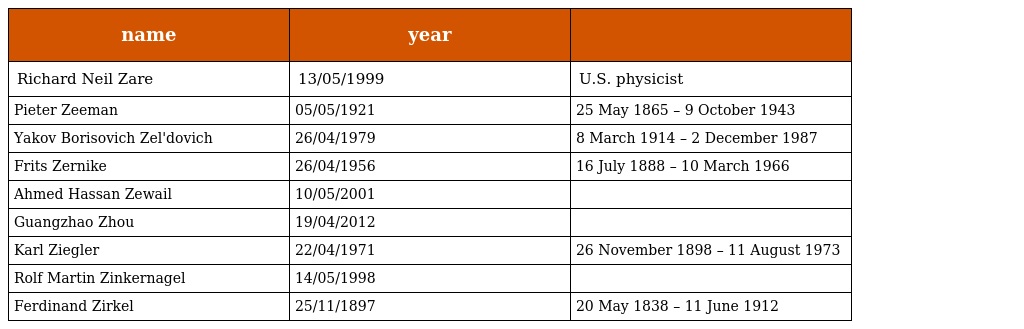
| name | year |  |
 | --- | --- | --- |
 | Richard Neil Zare | 13/05/1999 | U.S. physicist |
 | Pieter Zeeman | 05/05/1921 | 25 May 1865 – 9 October 1943 |
 | Yakov Borisovich Zel'dovich | 26/04/1979 | 8 March 1914 – 2 December 1987 |
 | Frits Zernike | 26/04/1956 | 16 July 1888 – 10 March 1966 |
 | Ahmed Hassan Zewail | 10/05/2001 |  |
 | Guangzhao Zhou | 19/04/2012 |  |
 | Karl Ziegler | 22/04/1971 | 26 November 1898 – 11 August 1973 |
 | Rolf Martin Zinkernagel | 14/05/1998 |  |
 | Ferdinand Zirkel | 25/11/1897 | 20 May 1838 – 11 June 1912 |